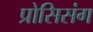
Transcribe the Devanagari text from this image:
प्रोसिसंग